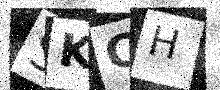
Text: SKCH